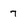
Character: 7